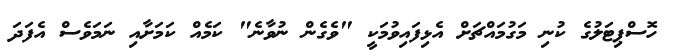
ހޮސްޕިޓަލުގެ ކުނި މަގުމައްޗަށް އެޅިފައިވުމަކީ "ވެގެން ނުވާނެ" ކަމެއް ކަމަށާއި ނަމަވެސް އެފަދަ